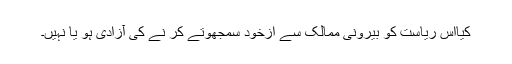
کیااس ریاست کو بیرونی ممالک سے ازخود سمجھوتے کر نے کی آزادی ہو یا نہیں۔